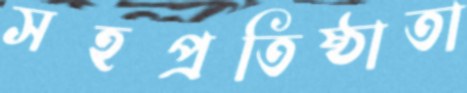
সহপ্রতিষ্ঠাতা